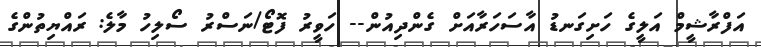
އަފްރާޝީމް އަލީގެ ހަށިގަނޑު އާސަހަރާއަށް ގެންދިއުން-- ހަވީރު ފޮޓޯ/ނަސްރު ސޯލިހު މާލެ: ރައްޔިތުންގެ